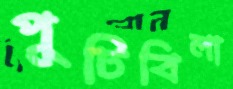
পুটিবিলা